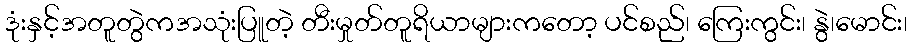
ဒုံးနှင့်အတူတွဲကအသုံးပြူတဲ့ တီးမှုတ်တူရိယာများကတော့ ပင်စည်၊ ကြေးကွင်း၊ နွဲ၊မောင်း၊